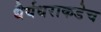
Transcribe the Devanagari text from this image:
धैर्यधराकडेच